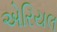
એરિયલ